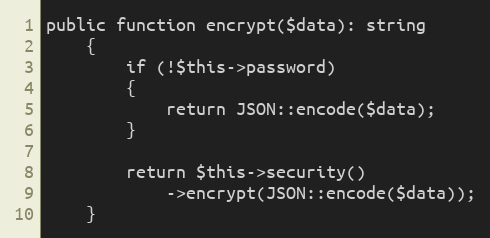
Language: PHP
public function encrypt($data): string
    {
        if (!$this->password)
        {
            return JSON::encode($data);
        }

        return $this->security()
            ->encrypt(JSON::encode($data));
    }